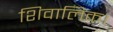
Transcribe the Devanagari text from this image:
शिवालिक।